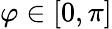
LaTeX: \varphi\in[0,\pi]